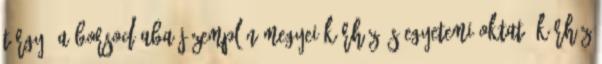
Tárgy: A Borsod-Abaúj-Zemplén Megyei Kórház és Egyetemi Oktató Kórház